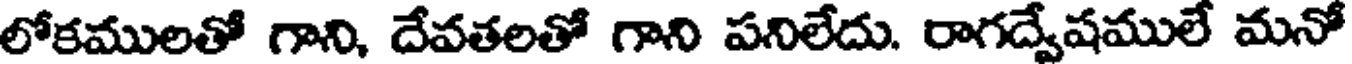
లోకములతో గాని, దేవతలతో గాని పనిలేదు. రాగద్వేషములే మనో